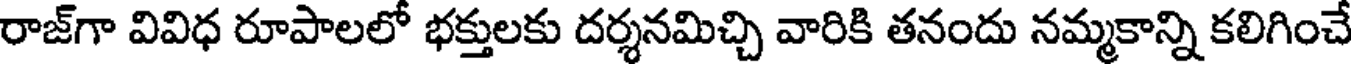
రాజ్గా వివిధ రూపాలలో భక్తులకు దర్శనమిచ్చి వారికి తనందు నమ్మకాన్ని కలిగించే